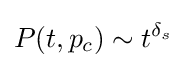
P(t,p_{c})\sim t^{\delta _{s}}